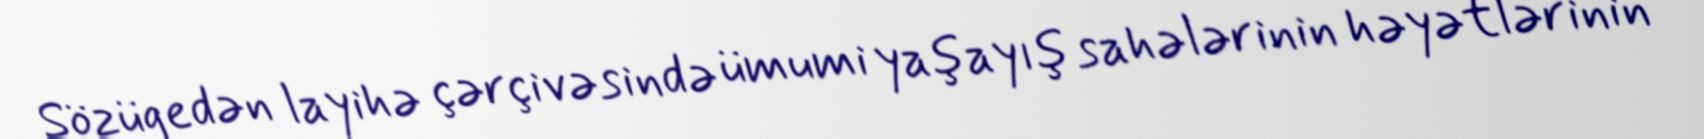
Sözügedən layihə çərçivəsində ümumi yaşayış sahələrinin həyətlərinin